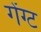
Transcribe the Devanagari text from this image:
गेंग्ट